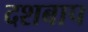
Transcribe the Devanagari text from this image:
दशबाप